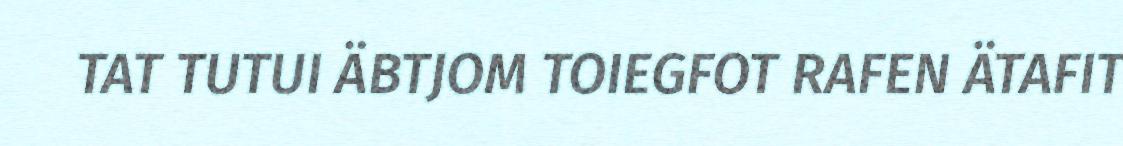
TAT TUTUI ÄBTJOM TOIEGFOT RAFEN ÄTAFIT